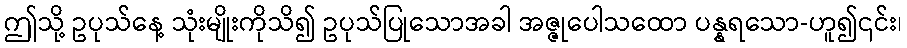
ဤသို့ ဥပုသ်နေ့ သုံးမျိုးကိုသိ၍ ဥပုသ်ပြုသောအခါ အဇ္ဇုပေါသထော ပန္နရသော-ဟူ၍၎င်း၊